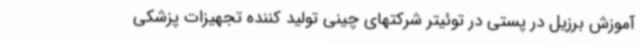
آموزش برزیل در پستی در توئیتر شرکتهای چینی تولید کننده تجهیزات پزشکی